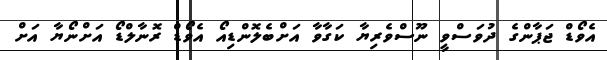
އެވޯޑް ޖަޕާންގެ ދުވަސްވީ ނޫސްވެރިޔާ ކަގާވާ އަށްބެލޮންޑިއޯ އެވޯޑް ރޮނާލްޑޯ އަށްނޯޔާ އަށް